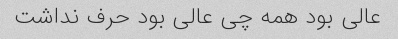
عالی بود همه چی عالی بود حرف نداشت